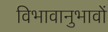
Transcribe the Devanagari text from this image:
विभावानुभावों